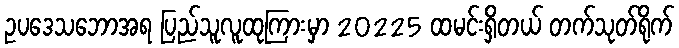
ဥပဒေသဘောအရ ပြည်သူလူထုကြားမှာ 20225 ထမင်းရှိတယ် တက်သုတ်ရိုက်